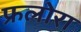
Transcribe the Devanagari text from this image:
फ्रलोरा